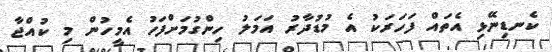
ކެނޑިނޭޅި އެތައް ފަހަރަކު އެ މުޑުދާރު އަމަލު ހިންގުމަށްފަހު އެމީހުން މި ކުއްޖާ